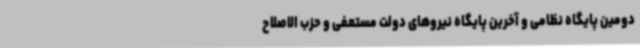
دومین پایگاه نظامی و آخرین پایگاه نیروهای دولت مستعفی و حزب الاصلاح